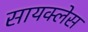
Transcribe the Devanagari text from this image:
सायक्लेस